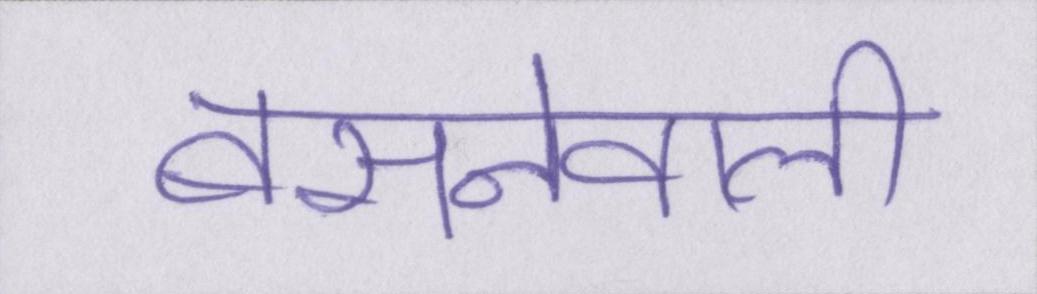
बसनेवाली